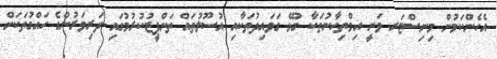
އެހެންކަމުން މިނިސްޓަރ ވަނީ އިމްތިހާނުތަކާ ގުޅޭ ގަވައިދުތަކާއި އުސޫލުތައް ތަންފީޒުކުރުމުގައި ދަރިވަރުންގެ ހައްގުތަކަށް